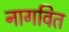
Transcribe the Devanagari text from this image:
नागवित